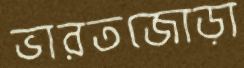
ভারতজোড়া